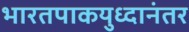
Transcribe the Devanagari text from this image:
भारतपाकयुध्दानंतर